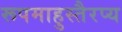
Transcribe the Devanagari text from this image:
रूपमाहुस्तैरप्य